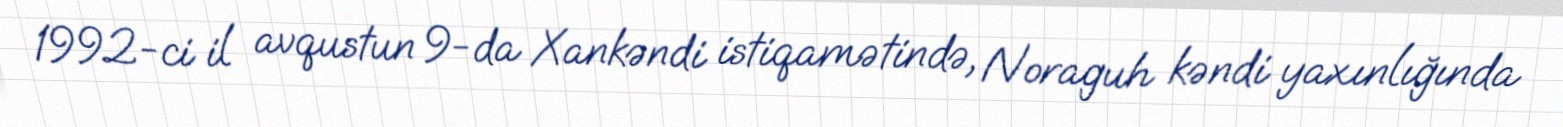
1992-ci il avqustun 9-da Xankəndi istiqamətində, Noraguh kəndi yaxınlığında